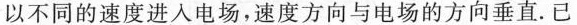
以不同的速度进入电场，速度方向与电场的方向垂直.已